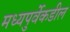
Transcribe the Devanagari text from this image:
मध्यपुर्वेकडील